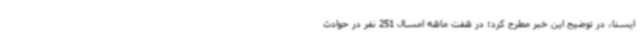
ایسنا، در توضیح این خبر مطرح کرد: در هفت ماهه امسال 251 نفر در حوادث